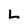
Character: L